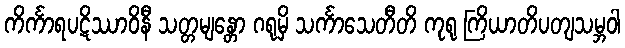
ကိင်္ကာရပဋိဿာဝိနီ သတ္တမျန္တော ဂရုမှိ သင်္ကာသေတီတိ ကုရု ကြိယာတိပတျသမ္ဘဝါ